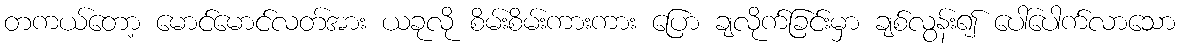
တကယ်တော့ မောင်မောင်လတ်အား ယခုလို စိမ်းစိမ်းကားကား ပြော ချလိုက်ခြင်းမှာ ချစ်လွန်း၍ ပေါ်ပေါက်လာသော